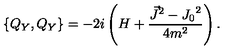
\{ Q _ { Y } , Q _ { Y } \} = - 2 i \left( H + \frac { { \vec { J } } ^ { 2 } - { J _ { 0 } } ^ { 2 } } { 4 m ^ { 2 } } \right) .